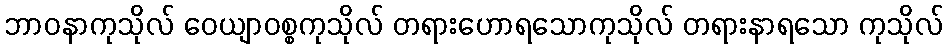
ဘာဝနာကုသိုလ် ဝေယျာဝစ္စကုသိုလ် တရားဟောရသောကုသိုလ် တရားနာရသော ကုသိုလ်